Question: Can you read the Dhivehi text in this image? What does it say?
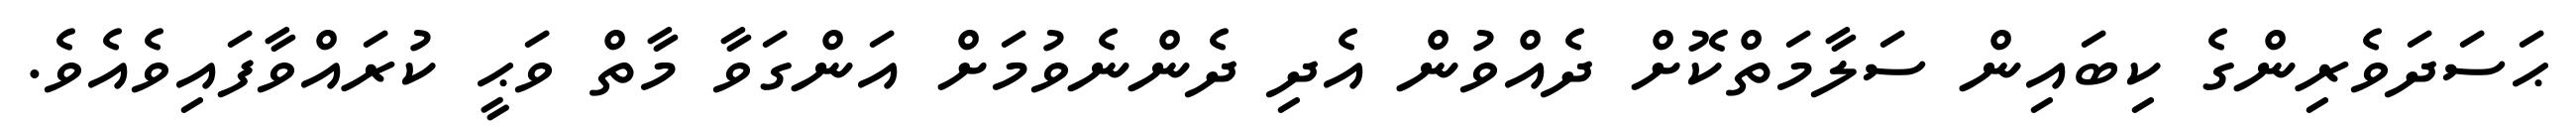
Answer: ޙަސަދަވެރިންގެ ކިބައިން ސަލާމަތްކޮށް ދެއްވުން އެދި ދެންނެވުމަށް އަންގަވާ މާތް ވަޙީ ކުރައްވާފައިވެއެވެ.